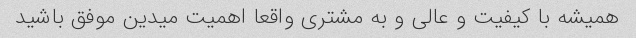
همیشه با کیفیت و عالی و به مشتری واقعا اهمیت میدین موفق باشید